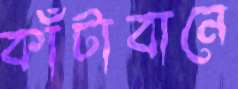
কাঁটাবানে